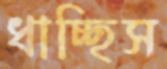
ধাচ্ছিস